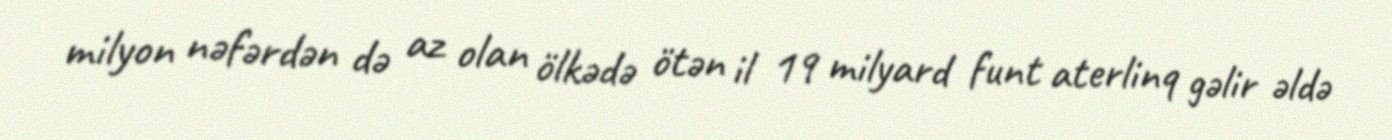
milyon nəfərdən də az olan ölkədə ötən il 19 milyard funt aterlinq gəlir əldə